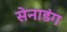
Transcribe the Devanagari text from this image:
सेनाडंग